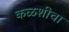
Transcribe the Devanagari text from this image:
कळशीचा